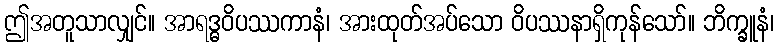
ဤအတူသာလျှင်။ အာရဒ္ဓဝိပဿကာနံ၊ အားထုတ်အပ်သော ဝိပဿနာရှိကုန်သော်။ ဘိက္ခူနံ၊